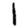
Digit: 1